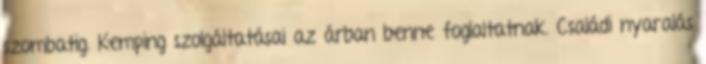
szombatig. Kemping szolgáltatásai az árban benne foglaltatnak. Családi nyaralás